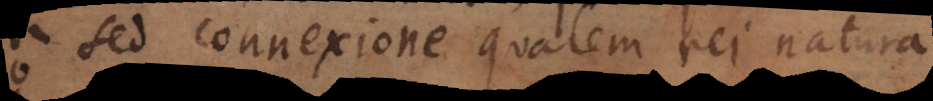
sed connexione qualem rei natur